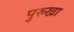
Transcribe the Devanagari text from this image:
पुरुखा